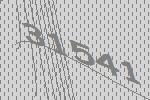
31541